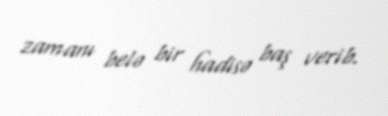
zamanı belə bir hadisə baş verib.